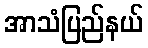
အာသံပြည်နယ်